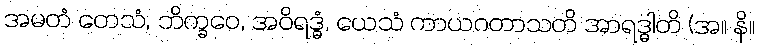
အမတံ တေသံ, ဘိက္ခဝေ, အဝိရဒ္ဓံ, ယေသံ ကာယဂတာသတိ အာရဒ္ဓါတိ (အ။ နိ။